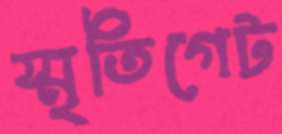
স্মৃতিগেট